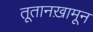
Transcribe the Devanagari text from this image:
तूतानख़ामून